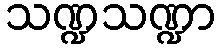
သဏ္ဍသဏ္ဍာ